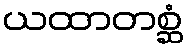
ယထာတစ္ဆံ